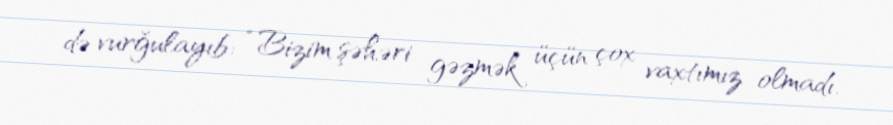
də vurğulayıb: “Bizim şəhəri gəzmək üçün çox vaxtımız olmadı.